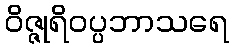
ဝိဇ္ဇုရိဝပ္ပဘာသရေ